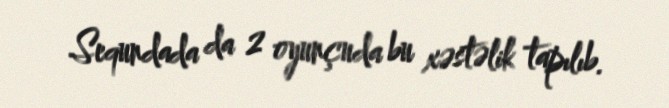
Sequndada da 2 oyunçuda bu xəstəlik tapılıb.